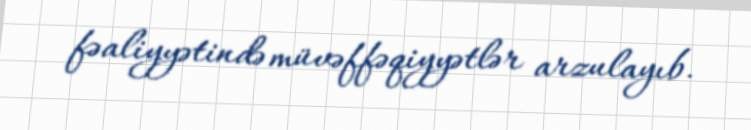
fəaliyyətində müvəffəqiyyətlər arzulayıb.